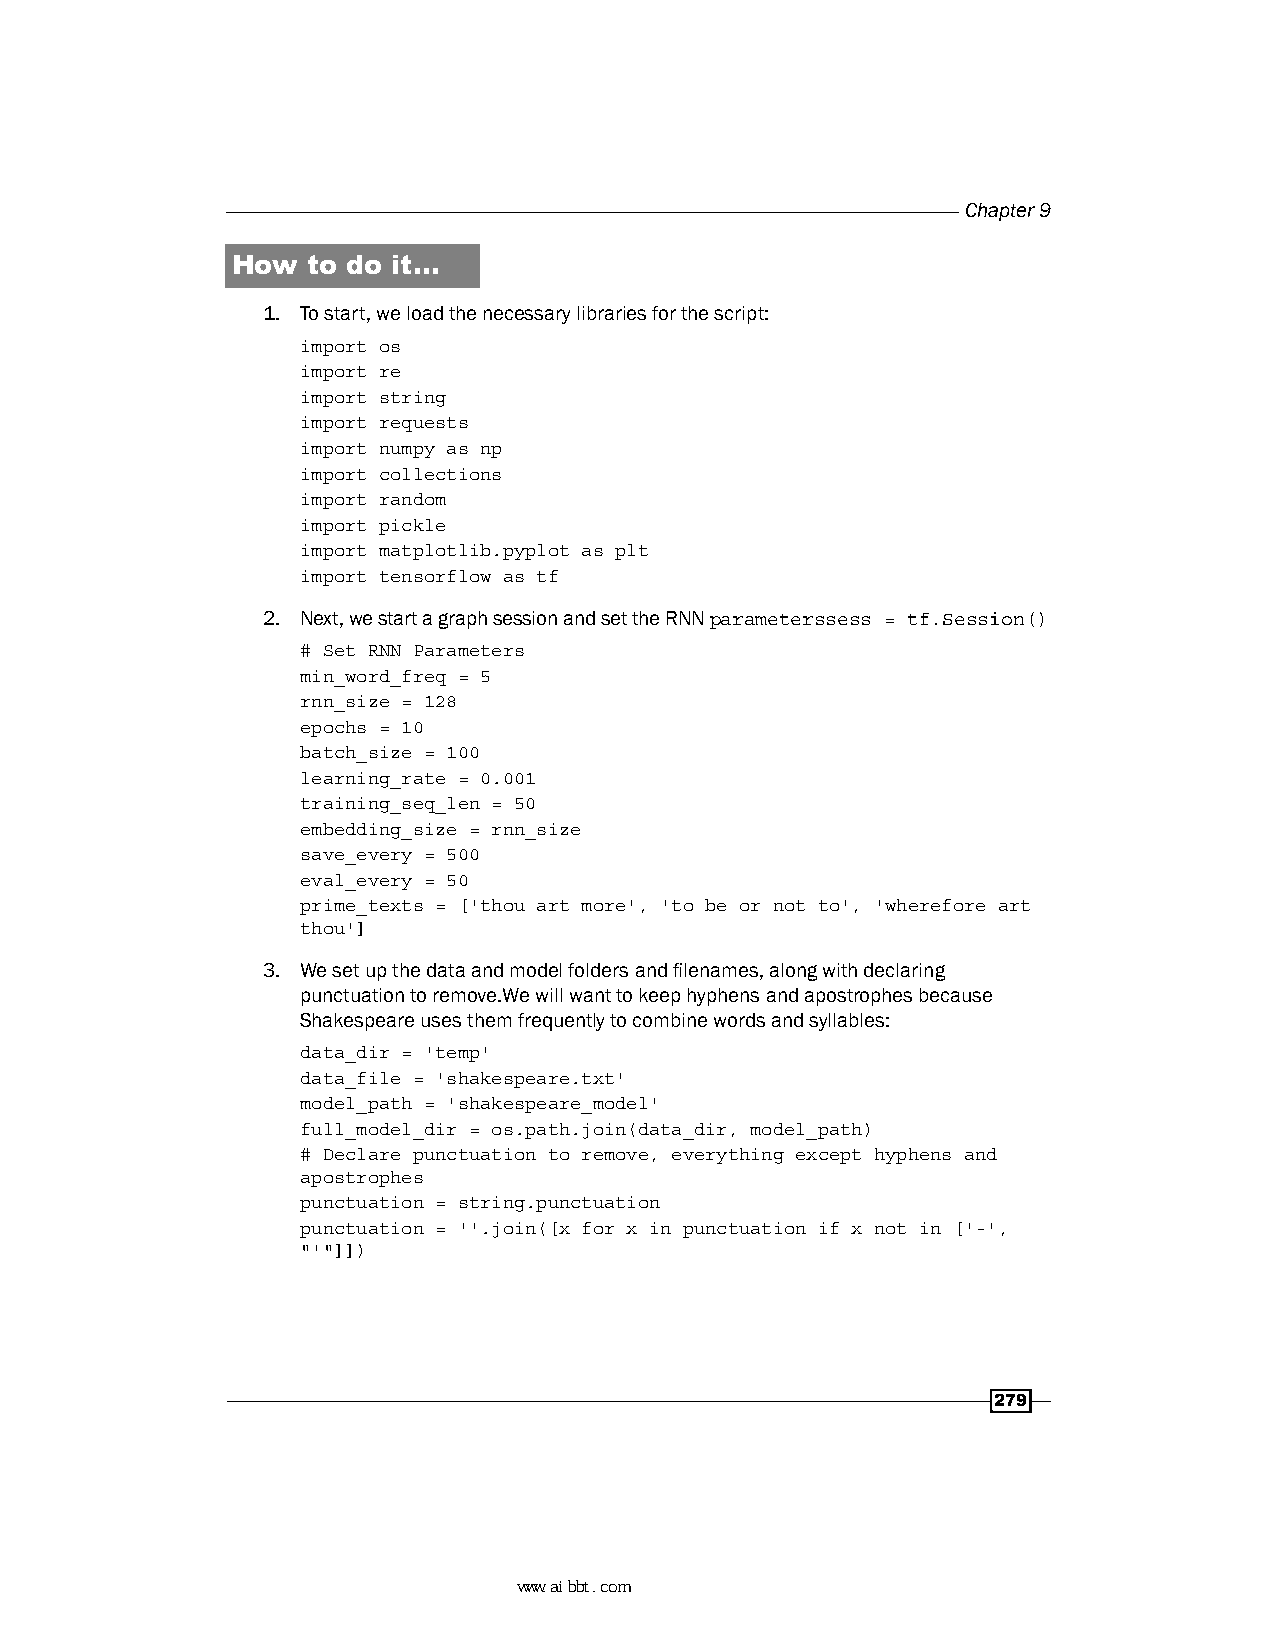
Chapter 9
 How  to do it…
 1. To start, we load the necessary libraries for the script:
 import os
 import re
 import string
 import requests
 import numpy as np
 import collections
 import random
 import pickle
 import matplotlib.pyplot as plt
 import tensorflow as tf
 2. Next, we start a graph session and set the RNN parameterssess = tf.Session()
 # Set RNN Parameters
 min_word_freq = 5
 rnn_size = 128
 epochs = 10
 batch_size = 100
 learning_rate = 0.001
 training_seq_len = 50
 embedding_size = rnn_size
 save_every = 500
 eval_every = 50
 prime_texts = ['thou art more', 'to be or not to', 'wherefore art
 thou']
 3. We set up the data and model folders and filenames, along with declaring
 punctuation to remove.We will want to keep hyphens and apostrophes because
 Shakespeare uses them frequently to combine words and syllables:
 data_dir = 'temp'
 data_file = 'shakespeare.txt'
 model_path = 'shakespeare_model'
 full_model_dir = os.path.join(data_dir, model_path)
 # Declare punctuation to remove, everything except hyphens and
 apostrophes
 punctuation = string.punctuation
 punctuation = ''.join([x for x in punctuation if x not in ['-',
 "'"]])
 279
 www.aibbt.com 让未来触手可及